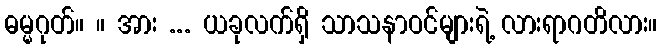
ဓမ္မဂုတ်။ ။ အား ... ယခုလက်ရှိ သာသနာဝင်များရဲ့ လားရာဂတိလား။